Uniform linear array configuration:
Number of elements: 24
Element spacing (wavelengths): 0.25
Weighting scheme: exponential
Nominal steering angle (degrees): -45
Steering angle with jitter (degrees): -44.578
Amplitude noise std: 0.05
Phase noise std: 0.05

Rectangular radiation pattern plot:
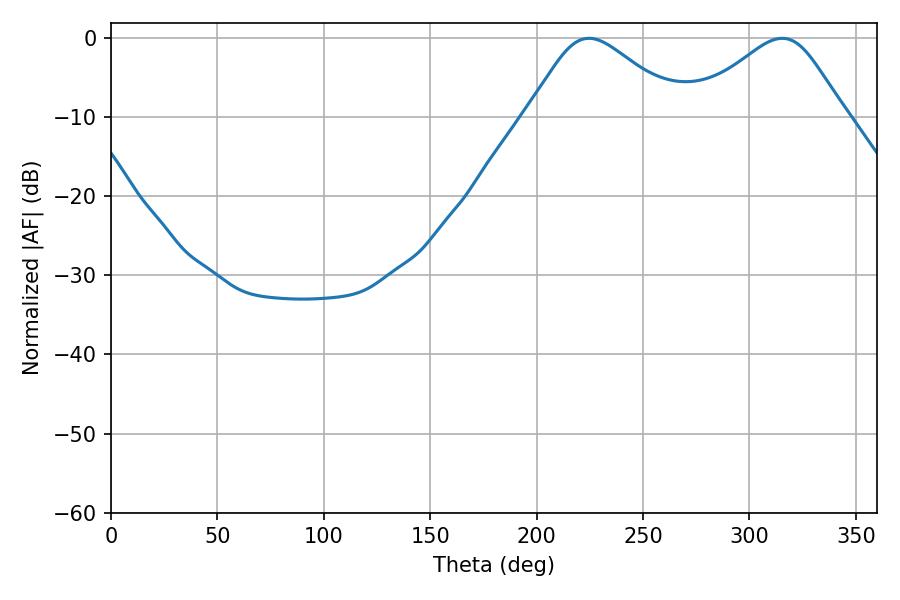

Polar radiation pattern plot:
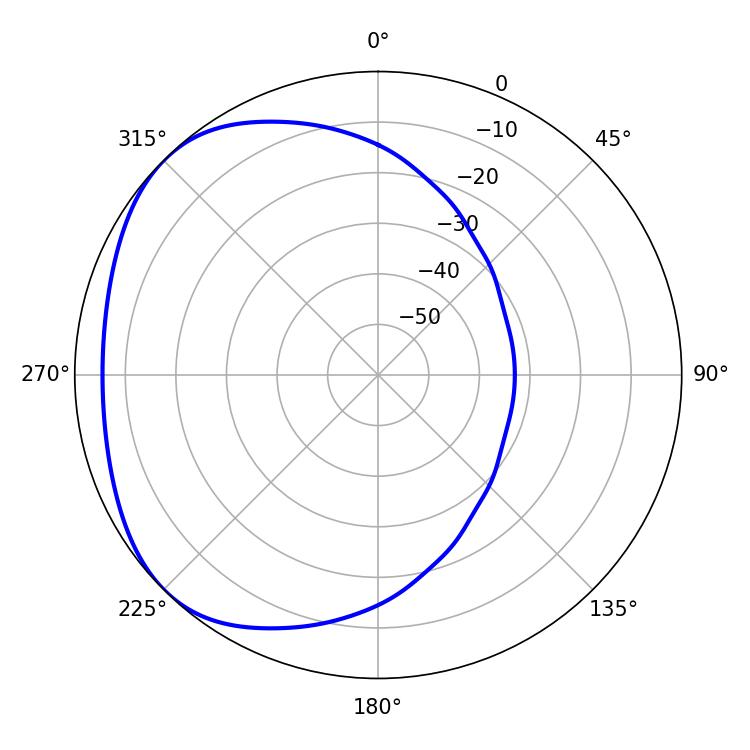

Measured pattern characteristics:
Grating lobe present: FALSE
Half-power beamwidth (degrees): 35.64
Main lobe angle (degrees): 315.36